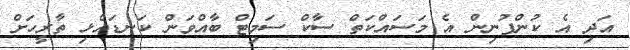
އަދި އެ ކުންފުނިން އެ މަސައްކަތް ސާކް ސަމިޓް ބާއްވަން ކަނޑައެޅި ތާރީހަށް